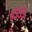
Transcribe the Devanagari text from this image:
४३५९